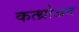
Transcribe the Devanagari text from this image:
कत्थ्रोअत